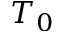
T _ { 0 }